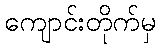
ကျောင်းတိုက်မှ